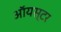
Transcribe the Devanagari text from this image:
ऑयस्टर